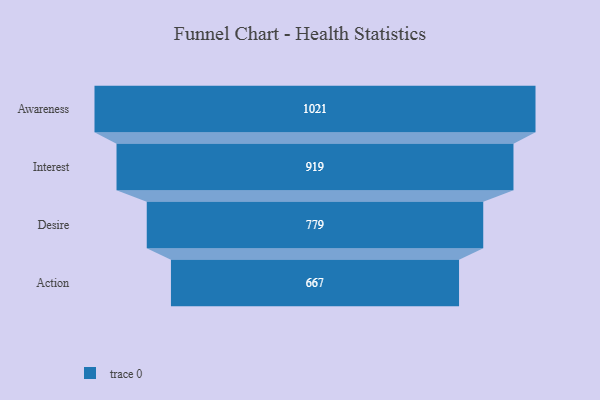
{"axis": {"x": "Stage", "y": "Value"}, "legend": [""], "data": [{"x": "Awareness", "y": 1021.0, "type": ""}, {"x": "Interest", "y": 919.0, "type": ""}, {"x": "Desire", "y": 779.0, "type": ""}, {"x": "Action", "y": 667.0, "type": ""}]}